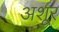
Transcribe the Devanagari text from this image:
अशूर